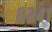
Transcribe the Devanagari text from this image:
८२४१